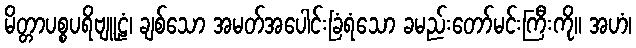
မိတ္တာပစ္စပရိဗျူဠံ၊ ချစ်သော အမတ်အပေါင်းခြံရံသော ခမည်းတော်မင်းကြီးကို။ အဟံ၊